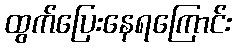
ထွက်ပြေးနေရကြောင်း